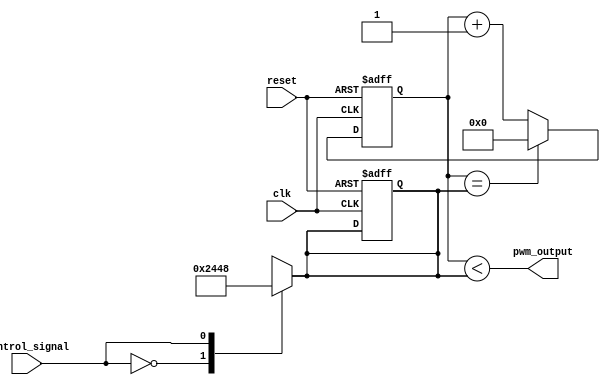
module PWM_timer (
    input wire clk,
    input wire reset,
    input wire control_signal,
    output wire pwm_output
);

reg [7:0] counter;
reg [7:0] pulse_width;

always @(posedge clk or posedge reset) begin
    if (reset) begin
        counter <= 8'b0;
        pulse_width <= 8'b0;
    end else begin
        if (counter == pulse_width) begin
            counter <= 8'b0;
        end else begin
            counter <= counter + 1;
        end
    end
end

always @(*) begin
    case (control_signal)
        2'b00: pulse_width <= 8'b00100100; //Insert desired pulse widths here
        2'b01: pulse_width <= 8'b01001000;
        2'b10: pulse_width <= 8'b10010000;
        2'b11: pulse_width <= 8'b11110000;
        default: pulse_width <= 8'b00100100;
    endcase
end

assign pwm_output = counter < pulse_width;

endmodule